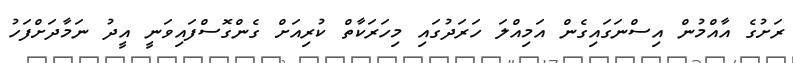
ރަށުގެ އާއްމުން އިސްނަގައިގެން އަމިއްލަ ހަރަދުގައި މިހަރަކާތް ކުރިއަށް ގެންގޮސްފައިވަނީ އީދު ނަމާދަށްފަހު